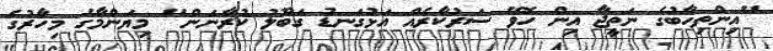
"އިންތިހާބުގެ ނަތީޖާ އިން ހޮވޭ ސަރުކާރެއް އަޅުގަނޑު ގަބޫލު ކުރާނަން" މިޔަންމާގެ މިހާރުގެ